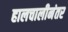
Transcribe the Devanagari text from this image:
हालचालीनंतर